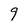
Character: 9